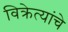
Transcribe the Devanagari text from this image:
विक्रेत्यांचे